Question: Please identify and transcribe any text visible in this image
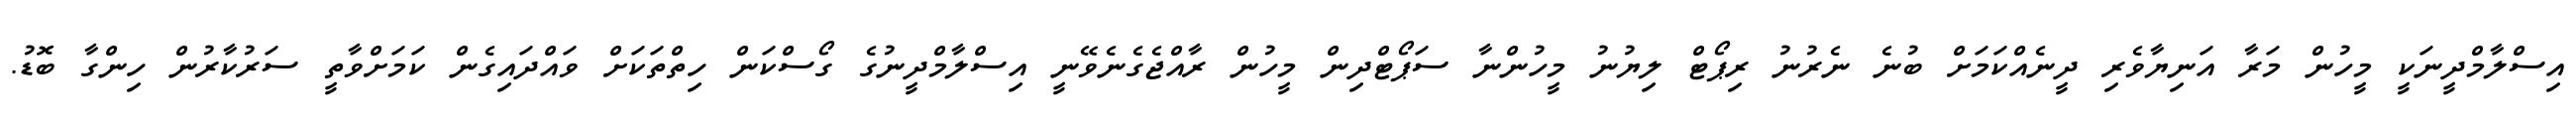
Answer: އިސްލާމްދީނަކީ މީހުން މަރާ އަނިޔާވެރި ދީނެއްކަމަށް ބުނެ ނެރުނު ރިޕޯޓް ލިޔުނު މީހުންނާ ސަޕޯޓްދިން މީހުން ރާއްޖެގެނެވޭނީ އިސްލާމްދީނުގެ ގޯސްކަން ހިތްތަކަށް ވައްދައިގެން ކަމަށްވާތީ ސަރުކާރުން ހިންގާ ބޮޑު.